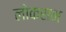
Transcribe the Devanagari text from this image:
लोकसभ